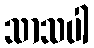
သာသပါ